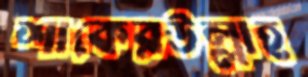
শাকেরউল্লাহ